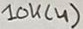
Text: 10K(4)